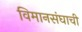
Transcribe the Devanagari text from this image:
विमानसंघाची